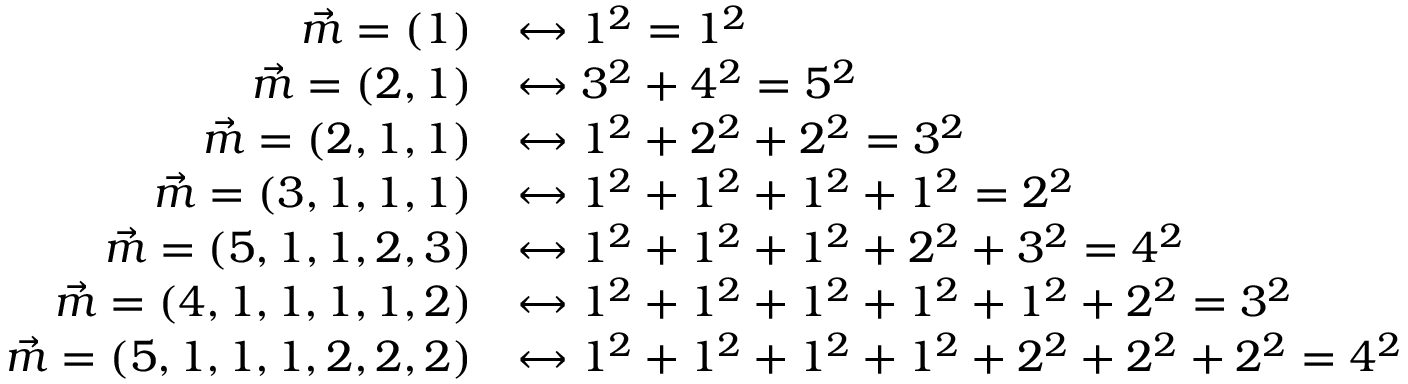
{ \begin{array} { r l } { { \vec { m } } = ( 1 ) } & { \leftrightarrow 1 ^ { 2 } = 1 ^ { 2 } } \\ { { \vec { m } } = ( 2 , 1 ) } & { \leftrightarrow 3 ^ { 2 } + 4 ^ { 2 } = 5 ^ { 2 } } \\ { { \vec { m } } = ( 2 , 1 , 1 ) } & { \leftrightarrow 1 ^ { 2 } + 2 ^ { 2 } + 2 ^ { 2 } = 3 ^ { 2 } } \\ { { \vec { m } } = ( 3 , 1 , 1 , 1 ) } & { \leftrightarrow 1 ^ { 2 } + 1 ^ { 2 } + 1 ^ { 2 } + 1 ^ { 2 } = 2 ^ { 2 } } \\ { { \vec { m } } = ( 5 , 1 , 1 , 2 , 3 ) } & { \leftrightarrow 1 ^ { 2 } + 1 ^ { 2 } + 1 ^ { 2 } + 2 ^ { 2 } + 3 ^ { 2 } = 4 ^ { 2 } } \\ { { \vec { m } } = ( 4 , 1 , 1 , 1 , 1 , 2 ) } & { \leftrightarrow 1 ^ { 2 } + 1 ^ { 2 } + 1 ^ { 2 } + 1 ^ { 2 } + 1 ^ { 2 } + 2 ^ { 2 } = 3 ^ { 2 } } \\ { { \vec { m } } = ( 5 , 1 , 1 , 1 , 2 , 2 , 2 ) } & { \leftrightarrow 1 ^ { 2 } + 1 ^ { 2 } + 1 ^ { 2 } + 1 ^ { 2 } + 2 ^ { 2 } + 2 ^ { 2 } + 2 ^ { 2 } = 4 ^ { 2 } } \end{array} }